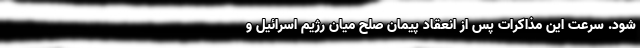
شود. سرعت این مذاکرات پس از انعقاد پیمان صلح میان رژیم اسرائیل و